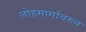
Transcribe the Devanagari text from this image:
लोहमार्गावरुन